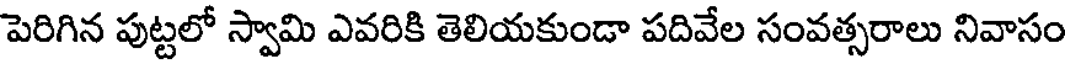
పెరిగిన పుట్టలో స్వామి ఎవరికి తెలియకుండా పదివేల సంవత్సరాలు నివాసం